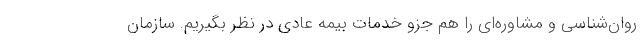
روان‌شناسی و مشاوره‌ای را هم جزو خدمات بیمه عادی در نظر بگیریم. سازمان